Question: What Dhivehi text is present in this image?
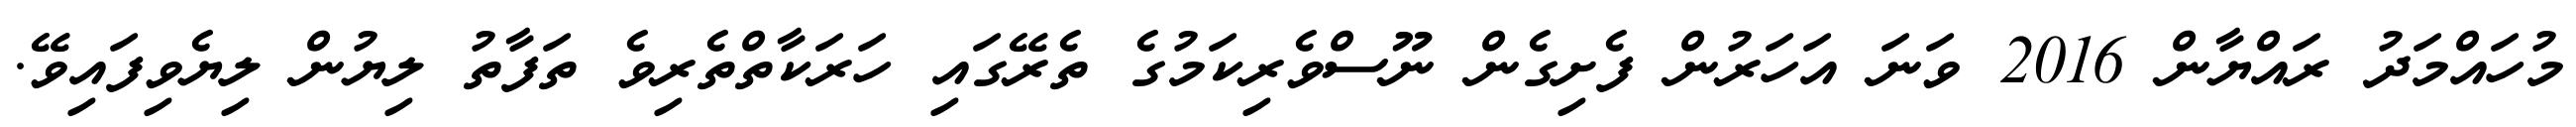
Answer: މުހައްމަދު ރައްޔާން 2016 ވަނަ އަހަރުން ފެށިގެން ނޫސްވެރިކަމުގެ ތެރޭގައި ހަރަކާތްތެރިވެ ތަފާތު ލިޔުން ލިޔެވިފައިވޭ.